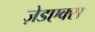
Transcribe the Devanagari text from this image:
ज़ेडएक्स